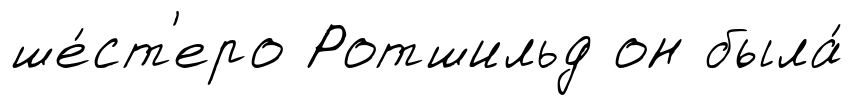
ше́ст'еро Ротшильд он была́